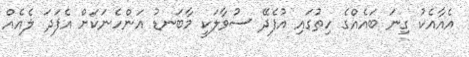
އެއާއެކު ގިނަ ބައެއްގެ ހިތުގައި އުފެދޭ ސުވާލަކީ މާބަނޑު އަންހެނަކަށް އެފަދަ ލެއެއް